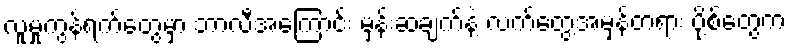
လူမှုကွန်ရက်တွေမှာ ဘာလီအကြောင်း မှန်းဆချက်နဲ့ လက်တွေ့အမှန်တရား ပို့စ်တွေက